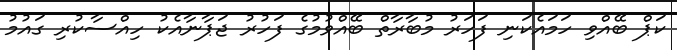
ކަޕް ބޭއްވި ހަމައެކަނި ފަހަރު މުބާރާތް ބޭއްވުމުގެ ފަހުރު ޖަޕާނާއެކު ހިއްސާކުރި ގައުމު